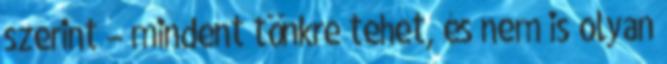
szerint – mindent tönkre tehet, és nem is olyan